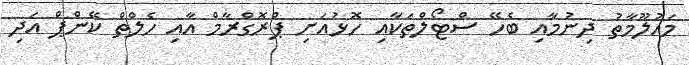
މައުލޫމާތު ދިނުމާއި ބެހޭ ސްޓޯލްތަކާއި ހޮޅުއަށި ޕްރޮގްރާމް އާއި ހެލްތް ކޭންޕް އަދި